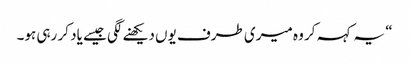
“ یہ کہہ کر وہ میری طرف یوں دیکھنے لگی جیسے یاد کر رہی ہو۔